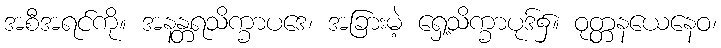
အစီအရင်ကို။ အနန္တရသိက္ခာပဒေ၊ အခြားမဲ့ ရှေ့သိက္ခာပုဒ်၌။ ဝုတ္တနယေနေဝ၊